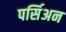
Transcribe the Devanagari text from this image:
पर्सिअन